Lunatic asylums Punjab 1881-1894 - 1881-1894
Year: 1881
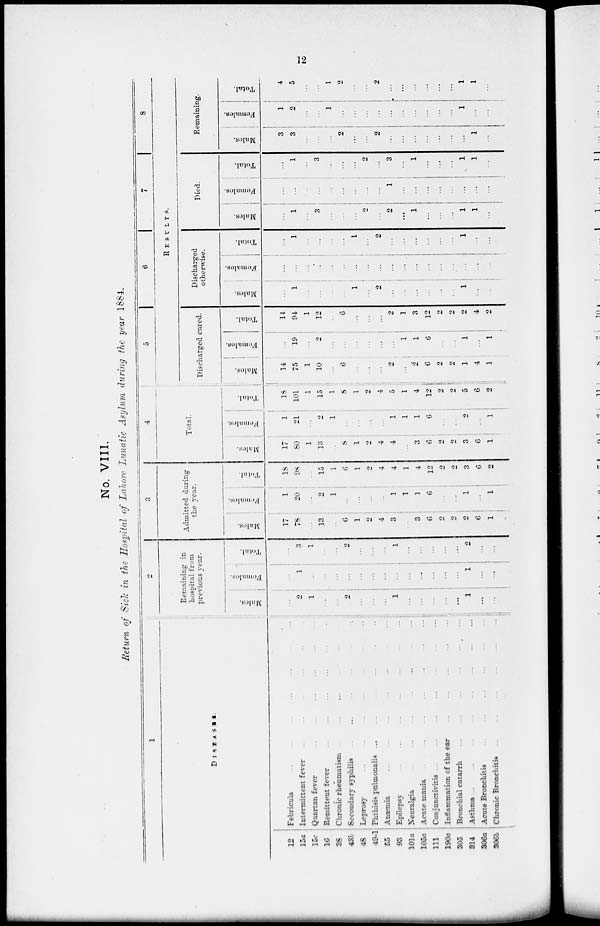
12
No. VIII.
Return of Sick in the Hospital of Lahore Lunatic Asylum during the year 1884.
1
DISEASES.
12
15a
15c
16
38
43b
48
49-1
55
93
101a
105a
111
190a
305
314
306a
306b
Febricula ... ... ... ... ... ... ...
Intermittent fever ... ... ... ... ... ...
Quartan fever
...
...
...
...
...
...
Remittent fever ... ... ... ... ... ...
Chronic rheumatism ... ... ... ... ... ...
Secondary syphilis ... ... ... ... ... ...
Leprosy
...
...
...
...
...
...
...
Phthisis pulmonalis ... ... ... ... ... ...
Anæmia ... ... ... ... ... ... ...
Epilepsy
...
...
...
...
...
...
...
Neuralgia
...
...
...
...
...
...
...
Acute mania ... ... ... ... ... ... ...
Conjunctivitis
...
...
...
...
...
...
...
Inflammation of the ear ... ... ... ... ...
Bronchial catarrh
...
...
...
...
...
...
Asthma ... ... ... ... ... ... ... ...
Acute Bronchitis ... ... ... ... ... ...
Chronic Bronchitis
...
...
...
...
...
...
2
Remaining in
hospital from
previous year.
Males.
...
2
1
...
...
2
...
...
...
1
...
...
...
...
...
1
...
...
Females.
...
1
...
...
...
...
...
...
...
...
...
...
...
...
...
1
...
...
Total.
...
3
1
...
...
2
...
...
...
1
...
...
...
...
...
2
...
...
3
Admitted during
the year.
Males.
17
78
...
13
...
6
1
2
4
3
...
3
6
2
2
2
6
1
Females.
1
20
...
2
1
...
...
...
1
1
1
1
6
...
...
1
...
1
Total.
18
98
...
15
1
6
1
2
4
4
1
4
12
2
2
3
6
2
4
Total.
Males.
17
80
1
13
...
8
1
2
4
4
...
3
6
2
2
3
6
1
Females.
1
21
...
2
1
...
...
...
...
1
1
1
6
...
...
2
...
1
Total.
18
101
1
15
1
8
1
2
4
5
1
4
12
2
2
5
6
2
5
6
7
8
RESULTS.
Discharged cured.
Males.
14
75
1
10
...
6
...
...
...
2
...
2
6
2
2
1
4
1
Females.
...
19
...
2
...
...
...
...
...
...
1
1
6
...
...
1
...
1
Total.
14
94
1
12
...
6
...
...
...
2
1
3
12
2
2
2
4
2
Discharged
otherwise.
Males.
...
1
...
...
...
...
1
...
2
...
...
...
...
...
...
1
...
...
Females.
...
...
...
...
...
...
...
...
...
...
...
...
...
...
...
...
...
...
Total.
...
1
...
...
...
...
1
...
2
...
...
...
...
...
...
1
...
...
Died.
Males.
...
1
...
3
...
...
...
2
...
2
...
1
...
...
...
1
1
...
Females.
...
...
...
...
...
...
...
...
...
1
...
...
...
...
...
...
...
...
Total.
...
1
...
3
...
...
...
2
...
3
...
1
...
...
...
1
1
...
Remaining.
Males.
3
3
...
...
...
2
...
...
2
...
...
...
...
...
...
...
1
...
Females.
1
2
...
...
1
...
...
...
...
...
...
...
...
...
...
1
...
...
Total.
4
5
...
...
1
2
...
...
2
...
...
...
...
...
...
1
1
...